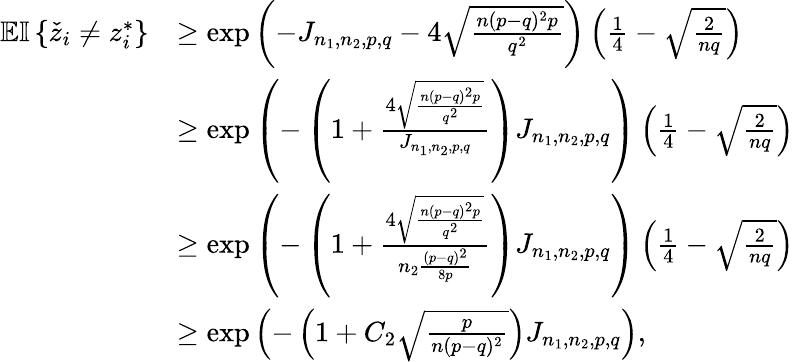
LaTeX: \begin{array}{rl}{\mathbb{E}{\mathbb{I}\left\{ {\check{z}_{i}\neq z_{i}^{*}}\right\} }}&{\geq\exp\left(-J_{n_{1},n_{2},p,q}-4\sqrt{\frac{n(p-q)^{2}p}{q^{2}}}\right)\left(\frac{1}{4}-\sqrt{\frac{2}{nq}}\right)}\\ &{\geq\exp\left(-\left(1+\frac{4\sqrt{\frac{n(p-q)^{2}p}{q^{2}}}}{J_{n_{1},n_{2},p,q}}\right)J_{n_{1},n_{2},p,q}\right)\left(\frac{1}{4}-\sqrt{\frac{2}{nq}}\right)}\\ &{\geq\exp\left(-\left(1+\frac{4\sqrt{\frac{n(p-q)^{2}p}{q^{2}}}}{n_{2}\frac{(p-q)^{2}}{8p}}\right)J_{n_{1},n_{2},p,q}\right)\left(\frac{1}{4}-\sqrt{\frac{2}{nq}}\right)}\\ &{\geq\exp\left(-\left(1+C_{2}\sqrt{\frac{p}{n(p-q)^{2}}}\right)J_{n_{1},n_{2},p,q}\right),}\end{array}